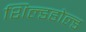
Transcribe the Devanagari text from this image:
शिल्डहोल्ड